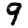
Digit: 9